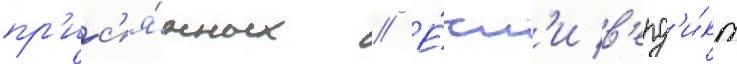
пр'ис'я́жных // Е́сл'и в'ерд'и́кт